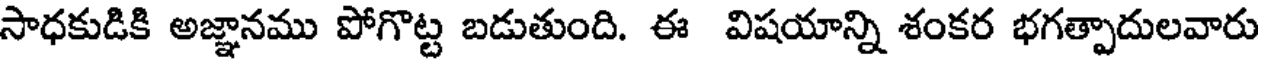
సాధకుడికి అజ్ఞానము పోగొట్ట బడుతుంది. ఈ విషయాన్ని శంకర భగత్పాదులవారు